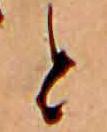
と